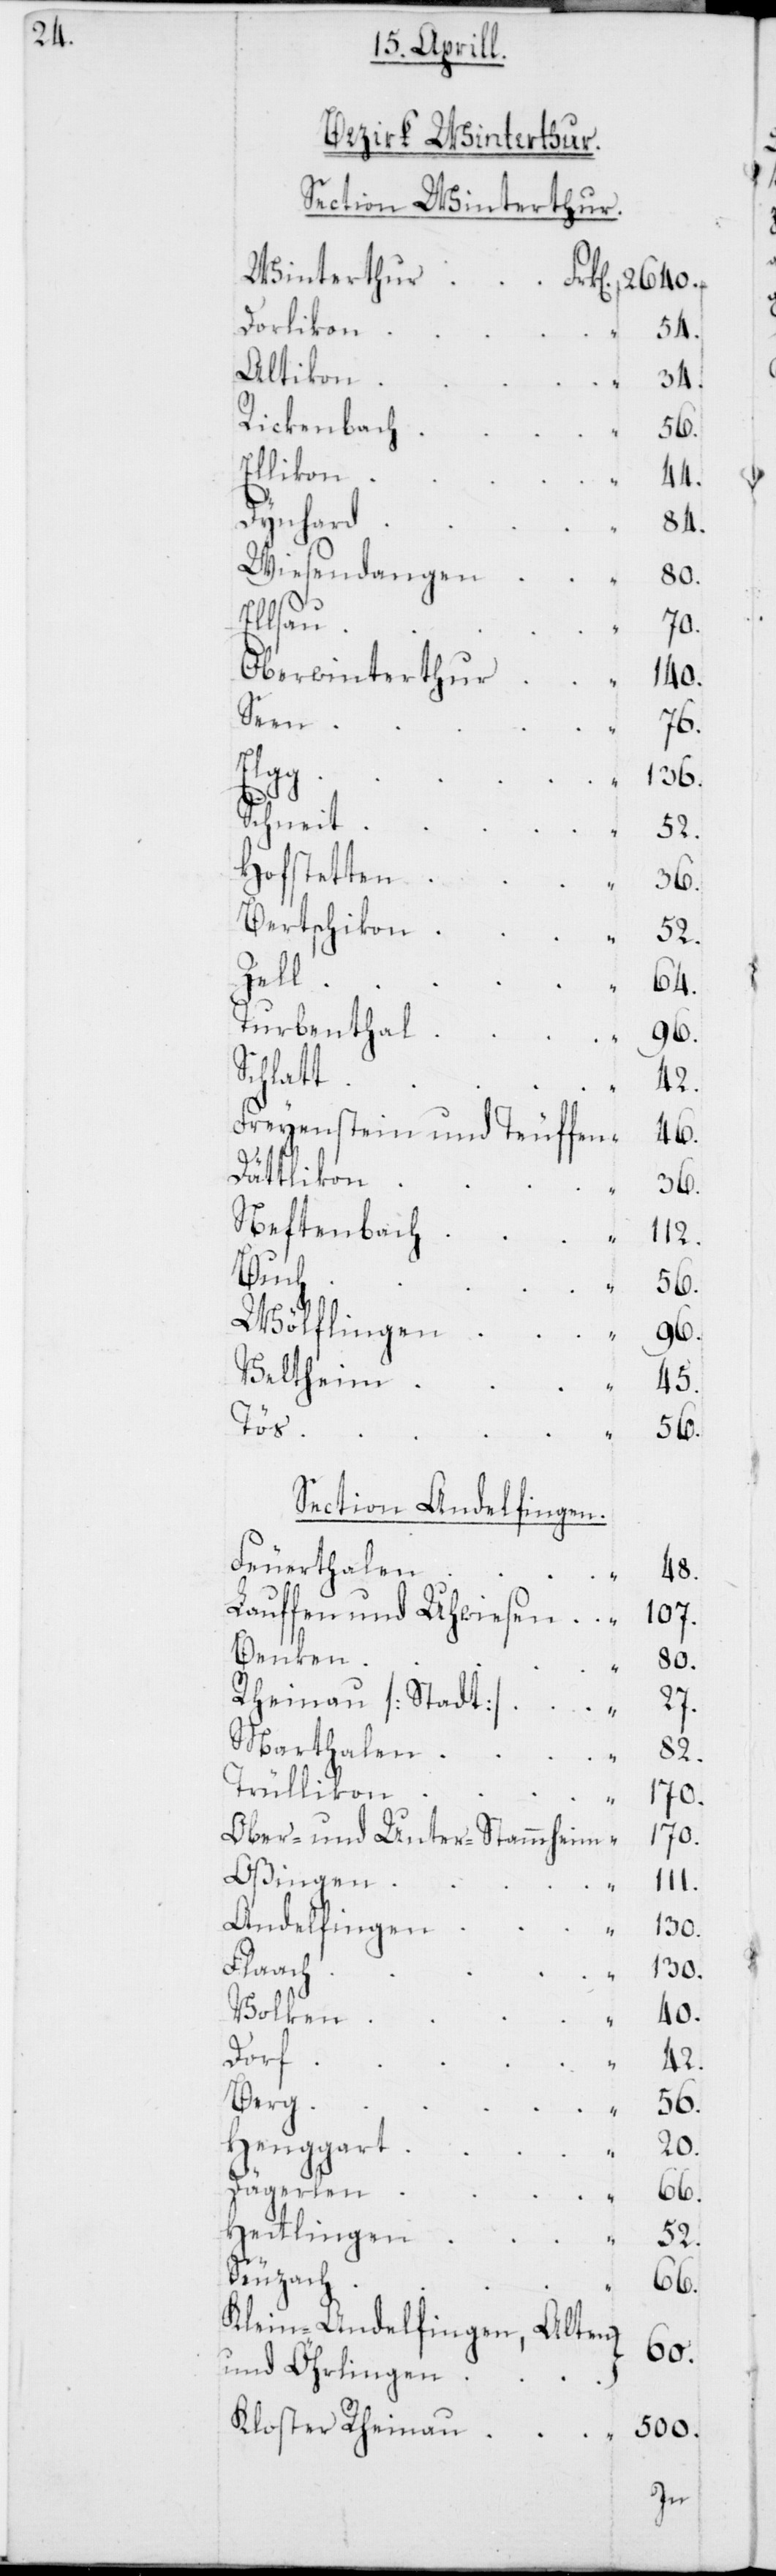
Bezirk Winterthur.
Section Winterthur.
Winterthur
2640.
Dorlikon
54.
Altikon
34.
Rickenbach
56.
Ellikon
44.
Dynhard
84.
Wiesendangen
500.
Ellsau
70.
Oberwinterthur
140.
en.
76.
Elgg
136.
Schneit
52.
Hofstetten
36.
Bertschikon
52.
Zell
Turbenthal
Schlatt
Freyenstein und Teuffen
“
Dättlikon
Neftenbach
Buch
56.
Wölflingen
Veltheim
“
Tös
56.
Section Andelfing¬
Feuerthalen
Lauffen und Uhwiesen
Benken
80.
Rheinau [Stadt]
27.
45.
Marthalen
82.
Trüllikon
170.
Ober- und Unter-Stammheim
170.
Oßingen
111.
Andelfingen
Flaach
Volken
40.
Dorf
42.
Berg
56.
Henggart
20.
Dägerlen
“
66.
Hettlingen
52.
Seuzach
66.
Klein-Andelfingen, Alten
60.
und Öhrlingen
Kloster Rheinau